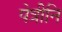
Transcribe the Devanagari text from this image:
पेत्रीनि